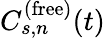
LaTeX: C_{s,n}^{(\mathrm{free})}(t)